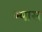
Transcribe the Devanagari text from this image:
म्यास